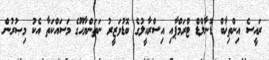
ރައީސެ އިންތިޚާބް ޑޮނާލްޑް ޓްރަމްޕާއި އިސްރާއީލުގެ ބޮޑުވަޒީރު ނަތަންޔާހޫގެ މަސައްކަތާ އެކު މިޞުރުން